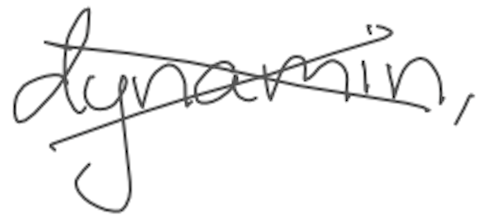
Text: dynamin,
Cross-out: cross
Writing tool: digital_gray